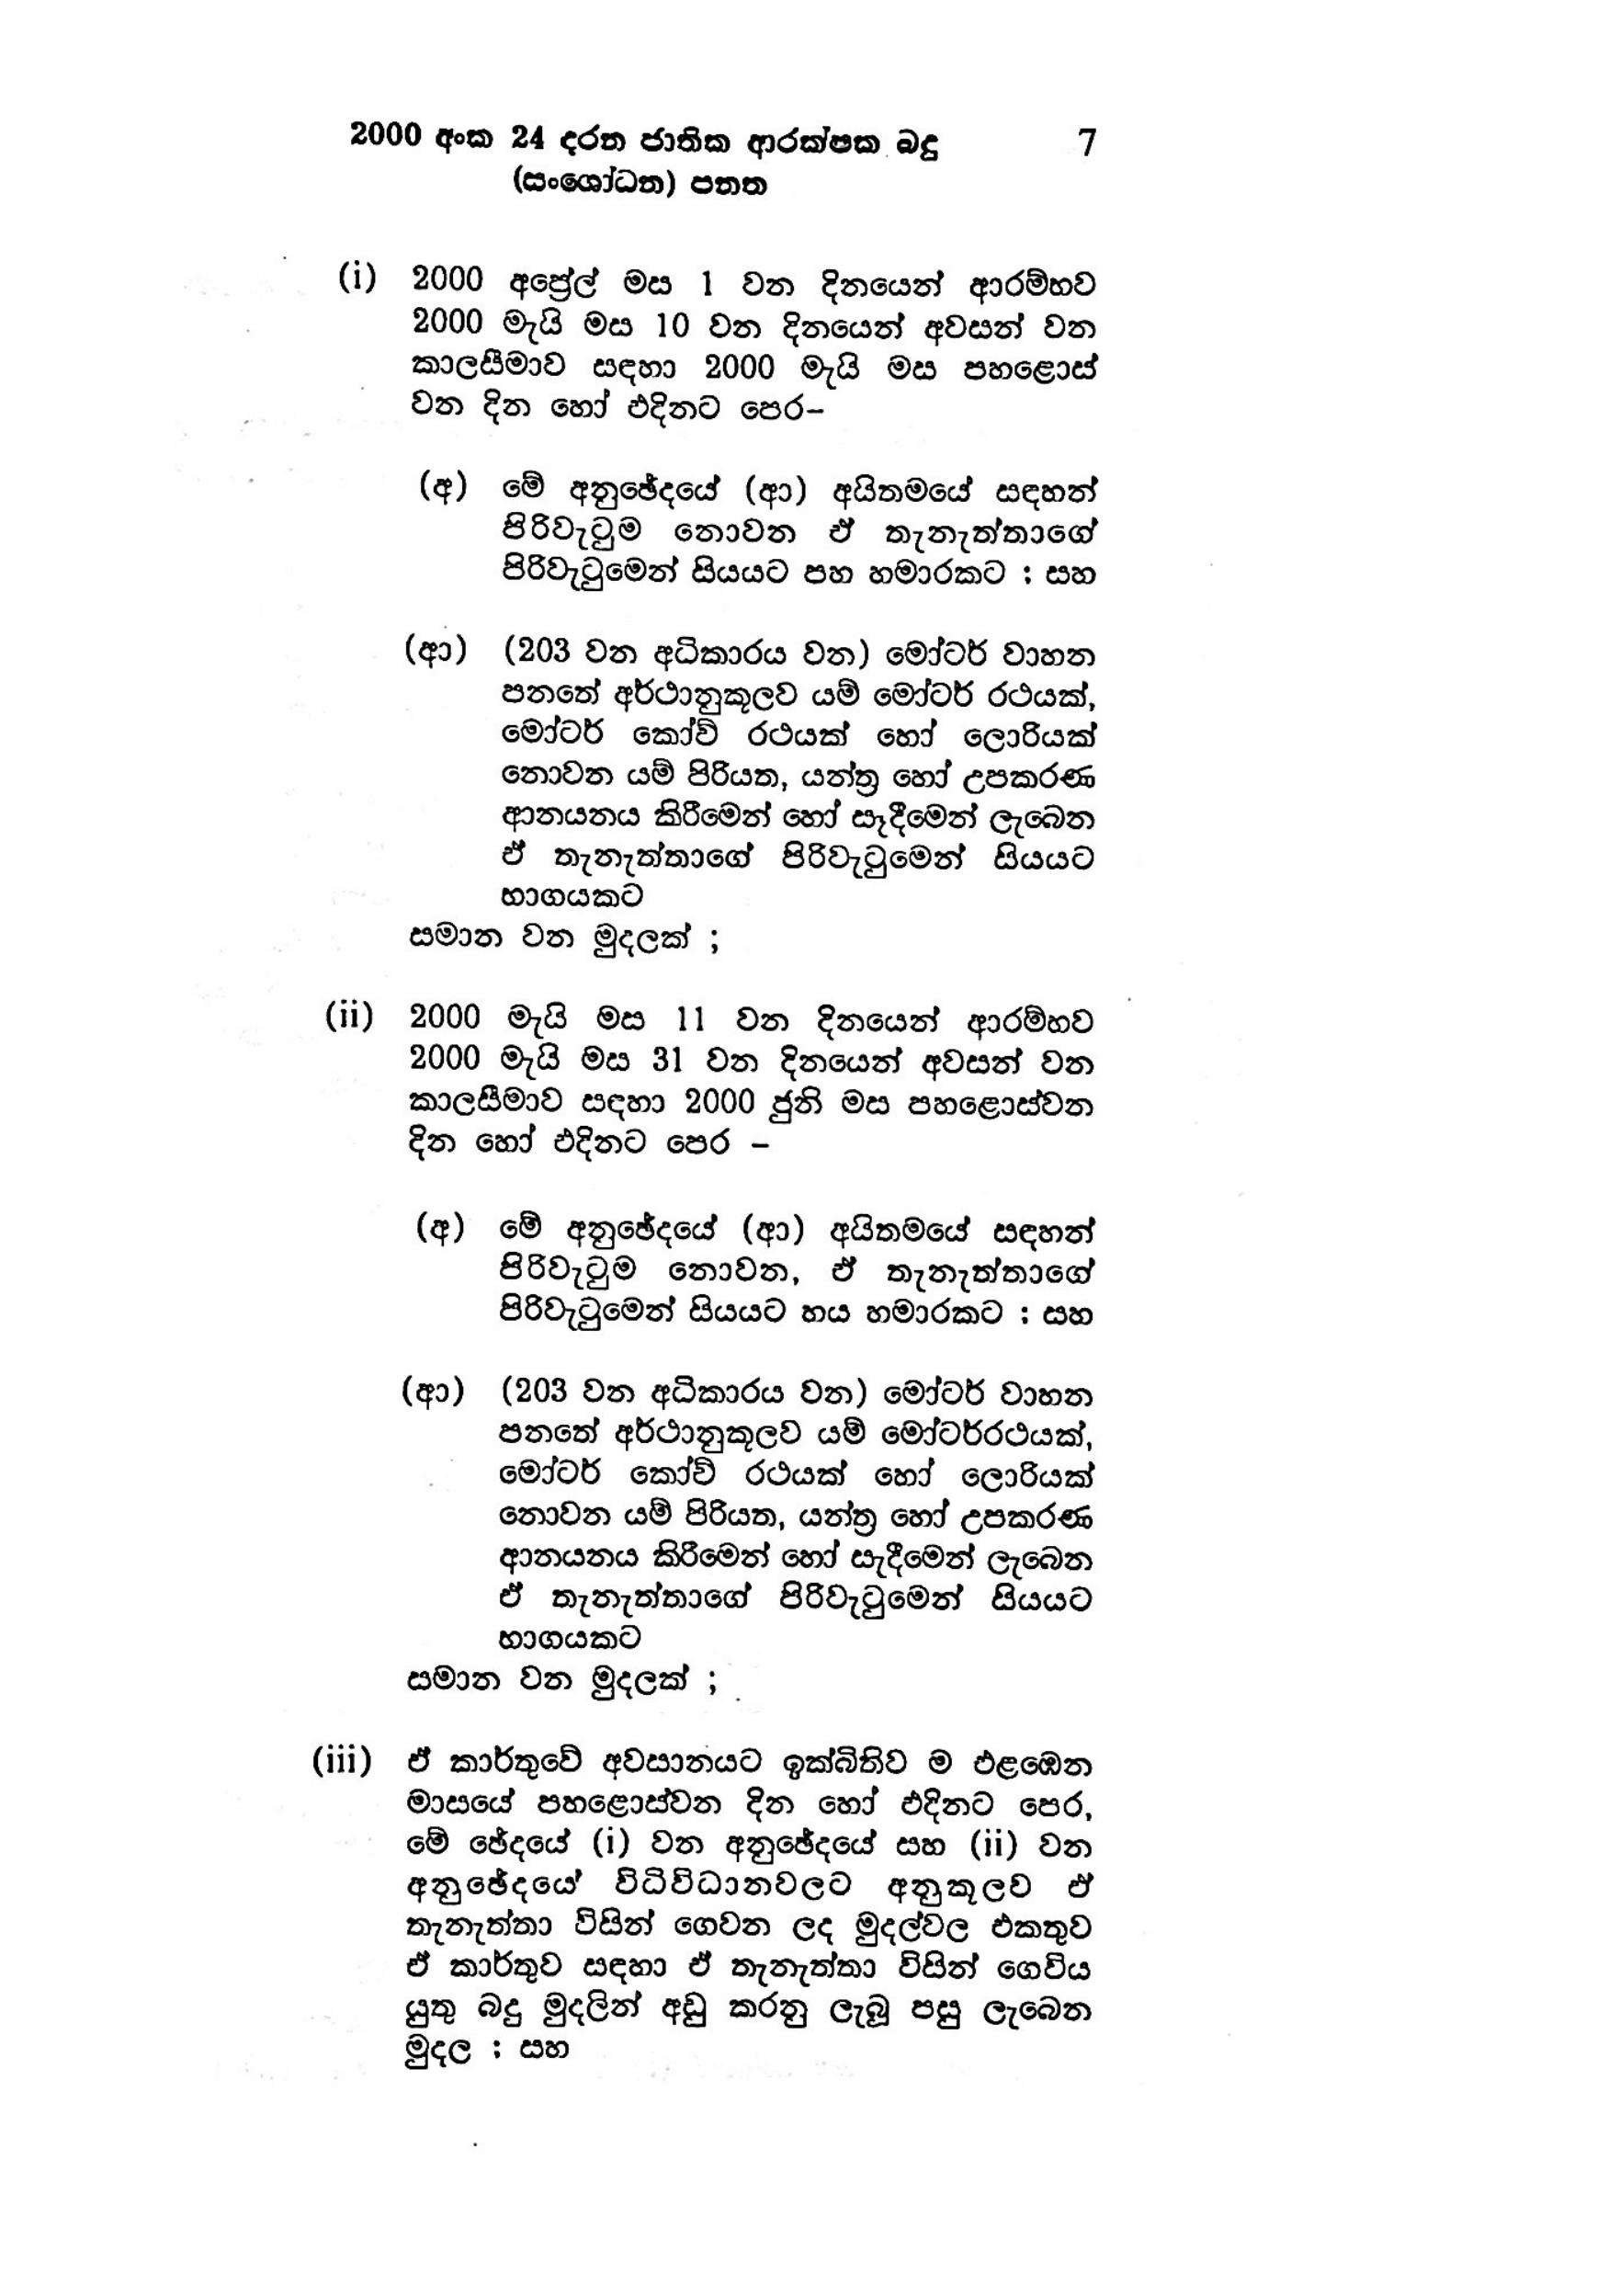
2000 අංක 24 දරන ජාතික ආරක්ෂක බදු 7
(සංශෝධන) පනත

(i) 2000 අප්‍රේල් මස 1 වන දිනයෙන් ආරම්භව
2000 මැයි මස 10 වන දිනයෙන් අවසන් වන
කාලසීමාව සඳහා 2000 මැයි මස පහළොස්
වන දින හෝ එදිනට පෙර-

(අ) මේ අනුඡේදයේ (ආ) අයිතමයේ සඳහන්
පිරිවැටුම නොවන ඒ තැනැත්තාගේ
පිරිවැටුමෙන් සියයට පහ හමාරකට ; සහ

(ආ) (203 වන අධිකාරය වන) මෝටර් වාහන
පනතේ අර්ථානුකූලව යම් මෝටර් රථයක්,
මෝටර් කෝච් රථයක් හෝ ලොරියක්
නොවන යම් පිරියත, යන්ත්‍ර හෝ උපකරණ
ආනයනය කිරීමෙන් හෝ සෑදීමෙන් ලැබෙන
ඒ තැනැත්තාගේ පිරිවැටුමෙන් සියයට
භාගයකට
සමාන වන මුදලක් ;

(ii) 2000 මැයි මස 11 වන දිනයෙන් ආරම්භව
2000 මැයි මස 31 වන දිනයෙන් අවසන් වන
කාලසීමාව සඳහා 2000 ජුනි මස පහළොස්වන
දින හෝ එදිනට පෙර -

(අ) මේ අනුඡේදයේ (ආ) අයිතමයේ සඳහන්
පිරිවැටුම නොවන, ඒ තැනැත්තාගේ
පිරිවැටුමෙන් සියයට හය හමාරකට ; සහ

(ආ) (203 වන අධිකාරය වන) මෝටර් වාහන
පනතේ අර්ථානුකූලව යම් මෝටර්රථයක්,
මෝටර් කෝච් රථයක් හෝ ලොරියක්
නොවන යම් පිරියත, යන්ත්‍ර හෝ උපකරණ
ආනයනය කිරීමෙන් හෝ සැදීමෙන් ලැබෙන
ඒ තැනැත්තාගේ පිරිවැටුමෙන් සියයට
භාගයකට
සමාන වන මුදලක් ;

(iii) ඒ කාර්තුවේ අවසානයට ඉක්බිතිව ම එළඹෙන
මාසයේ පහළොස්වන දින හෝ එදිනට පෙර,
මේ ඡේදයේ (i) වන අනුඡේදයේ සහ (ii) වන
අනුඡේදයේ විධිවිධානවලට අනුකූලව ඒ
තැනැත්තා විසින් ගෙවන ලද මුදල්වල එකතුව
ඒ කාර්තුව සඳහා ඒ තැනැත්තා විසින් ගෙවිය
යුතු බදු මුදලින් අඩු කරනු ලැබූ පසු ලැබෙන
මුදල ; සහ